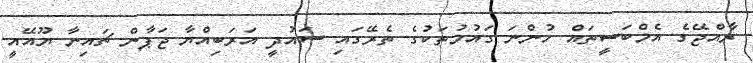
ރާއްޖޭގެ އެމްބަސީތައް ހުންނަ ގައުމުތަކުގެ ތެރޭގައި ސައުދީ އަރަބިއްޔާ ޖަޕާން ޗައިނާ ޔޫއޭއީ